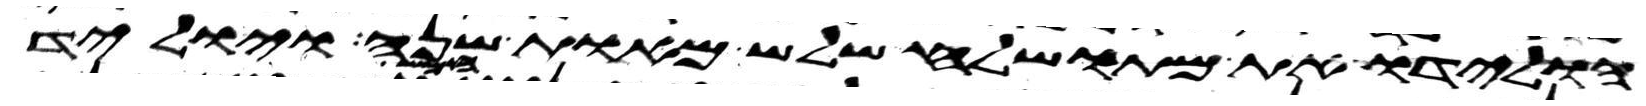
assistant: הולידו את מתושלח שלש מאות שנה ויוליד